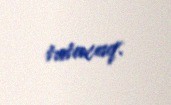
tutacaq.